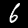
Digit: 6